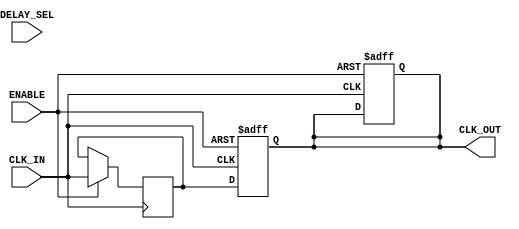
module delay_clock_buffer (
    input wire CLK_IN,          // Input clock signal
    input wire ENABLE,          // Enable signal for the buffer
    input wire [3:0] DELAY_SEL, // Select delay level (adjustable)
    output reg CLK_OUT          // Output delayed clock signal
);

// Internal parameters for delay values (can be adjusted as per design)
parameter DELAY_0 = 0; // No delay
parameter DELAY_1 = 5; // 5 ns delay
parameter DELAY_2 = 10; // 10 ns delay
parameter DELAY_3 = 15; // 15 ns delay
parameter DELAY_4 = 20; // 20 ns delay

// Internal register to store the delayed clock
reg CLK_INTERNAL;

always @(posedge CLK_IN or negedge ENABLE) begin
    if (~ENABLE) begin
        // If disabled, hold output low
        CLK_OUT <= 1'b0;
    end else begin
        // Delay logic based on selected delay
        case (DELAY_SEL)
            4'b0000: CLK_INTERNAL <= CLK_IN; // No delay
            4'b0001: begin
                #DELAY_1 CLK_INTERNAL <= CLK_IN;
            end
            4'b0010: begin
                #DELAY_2 CLK_INTERNAL <= CLK_IN;
            end
            4'b0011: begin
                #DELAY_3 CLK_INTERNAL <= CLK_IN;
            end
            4'b0100: begin
                #DELAY_4 CLK_INTERNAL <= CLK_IN;
            end
            default: CLK_INTERNAL <= CLK_IN; // Default case
        endcase
    end
end

// Assign the internal delayed clock to output
always @(posedge CLK_IN or negedge ENABLE) begin
    if (~ENABLE) begin
        CLK_OUT <= 1'b0; // Output low if disabled
    end else begin
        CLK_OUT <= CLK_INTERNAL;
    end
end

endmodule